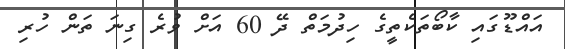
އައްޑޫގައި ކާބޯތަކެތީގެ ހިދުމަތް ދޭ 60 އަށް ވުރެ ގިނަ ތަން ހުރި